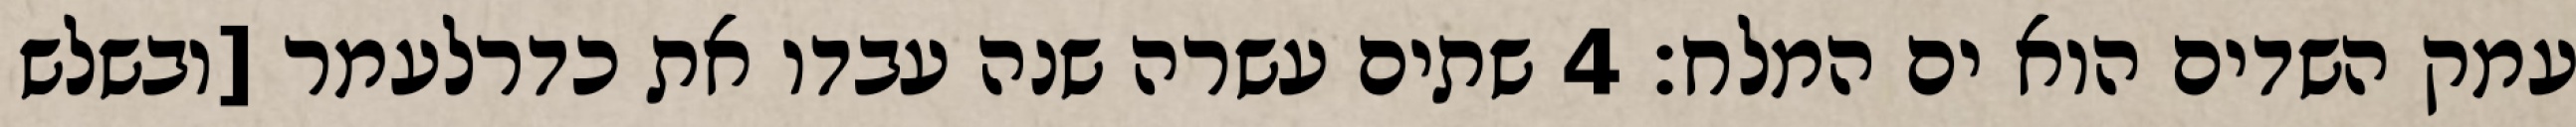
עמק השדים הוא ים המלח׃ ‎4‏ שתים עשרה שנה עבדו את כדרלעמר [ובשלש